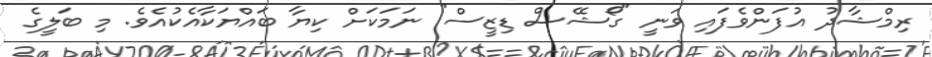
ރިމްޝާދު އުފަންވެފައި ވަނީ "ގޯޝޭސް ޑިޒީސް" ނަމަކަށް ކިޔާ ބައްޔަކާއެކުއެވެ. މި ބަލީގެ